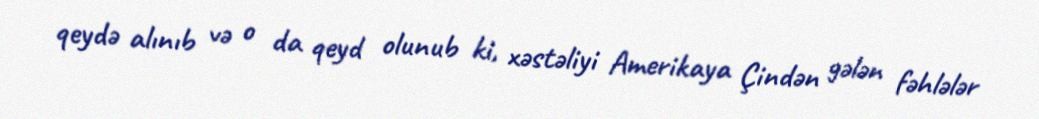
qeydə alınıb və o da qeyd olunub ki, xəstəliyi Amerikaya Çindən gələn fəhlələr